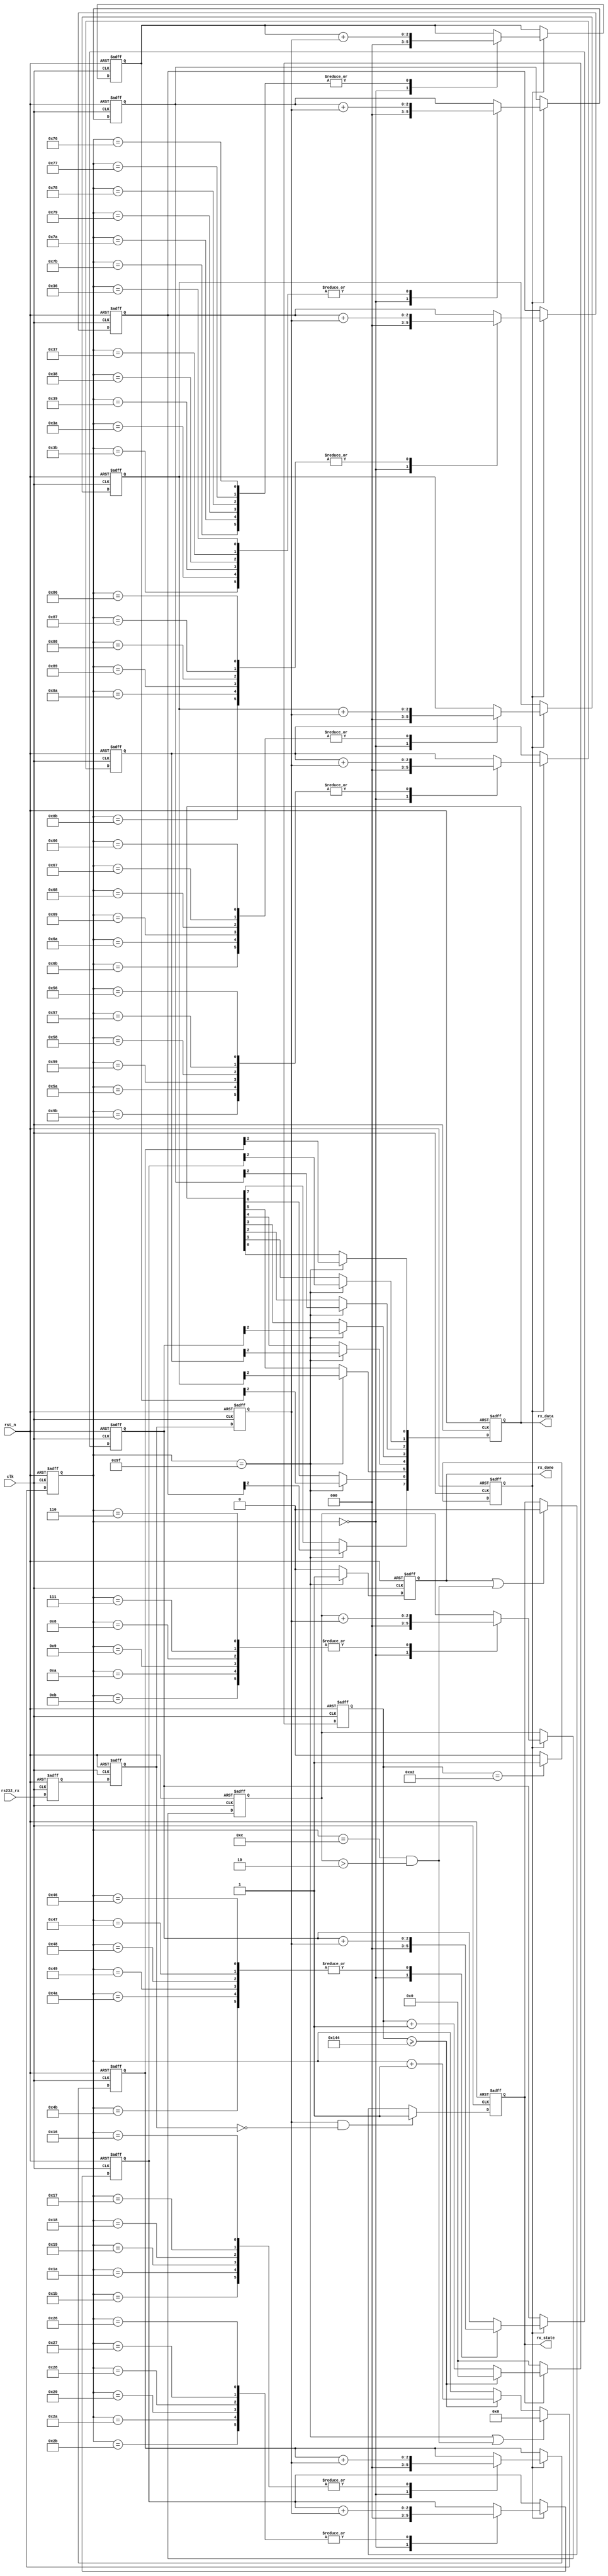
`timescale 1ns / 1ns
`define UD #1

module uart_byte_rx #
(
    parameter           CLK_FREQ   = 'd50000000,// 50MHz
    parameter           BAUD_RATE  = 'd9600    //
)
(
    input               clk     ,			// system clock
    input               rst_n   ,		// system reset, active low

    output  reg [7:0]   rx_data ,		// data need to transfer
    output  reg         rx_state,       // recieving duration
    output	reg         rx_done ,        // pos-pulse for 1 tick indicates 1 byte transfer done
    input		        rs232_rx		// uart transfer pin
);

localparam BPS_PARAM = (CLK_FREQ/BAUD_RATE)>>4; // oversample by x16

// sample sum registers, sum of 6 samples
reg [2:0] rx_data_r [0:7];
reg [2:0] START_BIT;
reg [2:0] STOP_BIT;

reg [7:0] bps_cnt;

reg	rs232_rx0,rs232_rx1,rs232_rx2;	
//Detect negedge of rs232_rx
always @ (posedge clk or negedge rst_n) begin
	if(!rst_n) begin
		rs232_rx0 <= `UD 1'b0;
		rs232_rx1 <= `UD 1'b0;
		rs232_rx2 <= `UD 1'b0;
	end else begin
		rs232_rx0 <= `UD rs232_rx;
		rs232_rx1 <= `UD rs232_rx0;
		rs232_rx2 <= `UD rs232_rx1;
	end
end
wire	neg_rs232_rx;
assign  neg_rs232_rx = rs232_rx2 & ~rs232_rx1;	

always@(posedge clk or negedge rst_n)
begin
	if(!rst_n)
    begin
		rx_state <= `UD 1'b0;
    end
	else
    begin
        if(neg_rs232_rx)
        begin
            rx_state <= `UD 1'b1;
        end
	    else if(rx_done || (bps_cnt == 8'd12 && (START_BIT > 2))) // at least 3 of 6 samples are 1, START_BIT not ok
        begin
		    rx_state <= `UD 1'b0;
        end
	    else
        begin
		    rx_state <= `UD rx_state;
        end
    end
end

reg [15:0]  baud_rate_cnt;
always@(posedge clk or negedge rst_n)
begin
    if(!rst_n)
    begin
        baud_rate_cnt <= `UD 16'd0;
    end
    else
    begin
        if(rx_state)
        begin
            if(baud_rate_cnt >= BPS_PARAM - 1)
            begin
                baud_rate_cnt <= `UD 16'd0;
            end
            else
            begin
                baud_rate_cnt <= `UD baud_rate_cnt + 1'b1;
            end
        end
        else
        begin
            baud_rate_cnt <= `UD 16'd0;
        end
    end
end
    
// generate bps_clk signal
reg bps_clk;
always @ (posedge clk or negedge rst_n)
begin
	if(!rst_n) 
    begin
		bps_clk <= `UD 1'b0;
    end
	else
    begin 
        if(baud_rate_cnt == BPS_PARAM>>1 )//sample in cnt center
        begin
		    bps_clk <= `UD 1'b1;	
        end
	    else 
        begin
		    bps_clk <= `UD 1'b0;
        end
    end
end

//bps counter

always@(posedge clk or negedge rst_n)
begin
    if(!rst_n)	
    begin
	    bps_cnt <= `UD 8'd0;
    end
    else
    begin
        if(bps_cnt == 8'd159 || (bps_cnt == 8'd12 && (START_BIT > 2))) 
        begin
	        bps_cnt <= `UD 8'd0;
        end
        else if(baud_rate_cnt >= BPS_PARAM - 1'b1 )
        begin
	        bps_cnt <= `UD bps_cnt + 1'b1;
        end
        else
        begin
	        bps_cnt <= `UD bps_cnt;
        end
    end
end

always@(posedge clk or negedge rst_n)
begin
	if(!rst_n)
    begin
		rx_done <= `UD 1'b0;
    end
	else
    begin
        if(bps_cnt == 8'd159)
        begin
		    rx_done <= `UD 1'b1;
        end
	    else
        begin
		    rx_done <= `UD 1'b0;
        end
    end
end


		
always@(posedge clk or negedge rst_n)
begin
	if(!rst_n)
    begin
		START_BIT <= `UD 3'd0;
		rx_data_r[0] <= `UD 3'd0;
		rx_data_r[1] <= `UD 3'd0;
		rx_data_r[2] <= `UD 3'd0;
		rx_data_r[3] <= `UD 3'd0;
		rx_data_r[4] <= `UD 3'd0;
		rx_data_r[5] <= `UD 3'd0;
		rx_data_r[6] <= `UD 3'd0;
		rx_data_r[7] <= `UD 3'd0;
		STOP_BIT <= `UD 3'd0;
	end
	else
    begin
        if(bps_clk)
        begin
		    case(bps_cnt)
			0:
            begin
				START_BIT <= `UD 3'd0;
				rx_data_r[0] <= `UD 3'd0;
				rx_data_r[1] <= `UD 3'd0;
				rx_data_r[2] <= `UD 3'd0;
				rx_data_r[3] <= `UD 3'd0;
				rx_data_r[4] <= `UD 3'd0;
				rx_data_r[5] <= `UD 3'd0;
				rx_data_r[6] <= `UD 3'd0;
				rx_data_r[7] <= `UD 3'd0;
				STOP_BIT <= `UD 3'd0;			
            end
            // 160 bps_cnt from 0 to 159 in a byte, each bit has 16 bps_clk (0~15), 
            // sample form 6 to 11 is the middle 6 of 16 bps_clk
			6,7,8,9,10,11:
            begin
                START_BIT <= `UD START_BIT + rs232_rx2;
            end
			22,23,24,25,26,27:
            begin
                rx_data_r[0] <= `UD rx_data_r[0] + rs232_rx2;
            end
			38,39,40,41,42,43:
            begin
                rx_data_r[1] <= `UD rx_data_r[1] + rs232_rx2;
            end
			54,55,56,57,58,59:
            begin
                rx_data_r[2] <= `UD rx_data_r[2] + rs232_rx2;
            end
			70,71,72,73,74,75:
            begin
                rx_data_r[3] <= `UD rx_data_r[3] + rs232_rx2;
            end
			86,87,88,89,90,91:
            begin
                rx_data_r[4] <= `UD rx_data_r[4] + rs232_rx2;
            end
			102,103,104,105,106,107:
            begin
                rx_data_r[5] <= `UD rx_data_r[5] + rs232_rx2;
            end
			118,119,120,121,122,123:
            begin
                rx_data_r[6] <= `UD rx_data_r[6] + rs232_rx2;
            end
			134,135,136,137,138,139:
            begin
                rx_data_r[7] <= `UD rx_data_r[7] + rs232_rx2;
            end
			150,151,152,153,154,155:
            begin
                STOP_BIT <= `UD STOP_BIT + rs232_rx2;
            end
			default:
			begin
				START_BIT <= `UD START_BIT;
				rx_data_r[0] <= `UD rx_data_r[0];
				rx_data_r[1] <= `UD rx_data_r[1];
				rx_data_r[2] <= `UD rx_data_r[2];
				rx_data_r[3] <= `UD rx_data_r[3];
				rx_data_r[4] <= `UD rx_data_r[4];
				rx_data_r[5] <= `UD rx_data_r[5];
				rx_data_r[6] <= `UD rx_data_r[6];
				rx_data_r[7] <= `UD rx_data_r[7];
				STOP_BIT <= `UD STOP_BIT;						
			end
		    endcase
        end
	end
end

always@(posedge clk or negedge rst_n)
begin
	if(!rst_n)
    begin
		rx_data <= `UD 8'd0;
    end
	else
    begin
        if(bps_cnt == 8'd159)
        begin
            // rx_data_r[x] has 3 width, actual sample sum range 0~6, rx_data_r[x][2] means sum/4
            // if sum >=4 sample value == 1, else sum < 4 sample value == 0
		    rx_data[0] <= `UD rx_data_r[0][2];
		    rx_data[1] <= `UD rx_data_r[1][2];
		    rx_data[2] <= `UD rx_data_r[2][2];
		    rx_data[3] <= `UD rx_data_r[3][2];
		    rx_data[4] <= `UD rx_data_r[4][2];
		    rx_data[5] <= `UD rx_data_r[5][2];
		    rx_data[6] <= `UD rx_data_r[6][2];
		    rx_data[7] <= `UD rx_data_r[7][2];
	    end
    end
end


endmodule